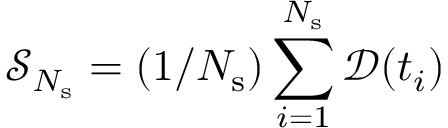
\mathcal { S } _ { N _ { \mathrm { s } } } = ( 1 / N _ { \mathrm { s } } ) \sum _ { i = 1 } ^ { N _ { \mathrm { s } } } \mathcal { D } ( t _ { i } )